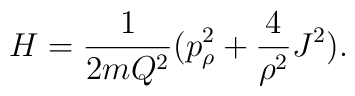
H = \frac{1}{2mQ^2}(p_\rho^2 + \frac{4}{\rho^2} J^2).